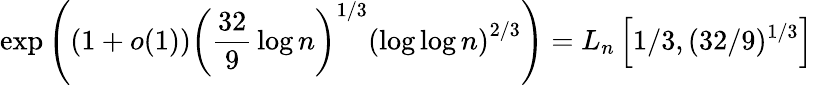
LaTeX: \exp\left(\left(1+o(1)\right)\left({\frac{32}{9}}\log n\right)^{1/3}\left(\log\log n\right)^{2/3}\right)=L_{n}\left[1/3,(32/9)^{1/3}\right]